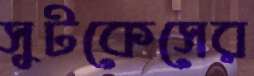
সুটকেসের